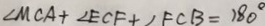
\angle M C A + \angle E C F + \angle F C B = 1 8 0 ^ { \circ }